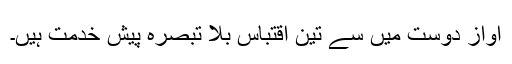
آواز دوست میں سے تین اقتباس بلا تبصرہ پیش خدمت ہیں۔